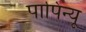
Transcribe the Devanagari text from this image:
पापिन्यू